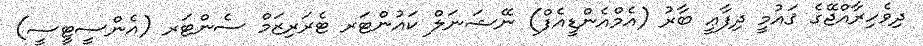
ދިވެހިރާއްޖޭގެ ޤައުމީ ދިފާޢީ ބާރު (އެމްއެންޑީއެފް) ނޭޝަނަލް ކައުންޓަރ ޓެރަރިޒަމް ސެންޓަރ (އެންސީޓީސީ)